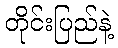
တိုင်းပြည်နဲ့